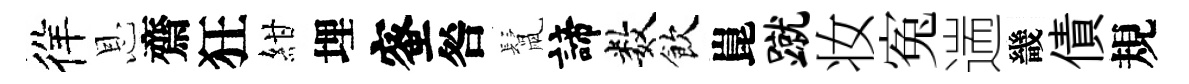
徉恩齋狂紺埋蜜咎鬛諦数飲崑蹴妆寃遄畿債規